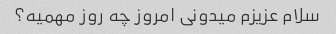
سلام عزیزم میدونی امروز چه روز مهمیه؟